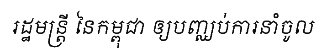
រដ្ឋមន្ត្រី នៃកម្ពុជា ឲ្យបញ្ឈប់ការនាំចូល